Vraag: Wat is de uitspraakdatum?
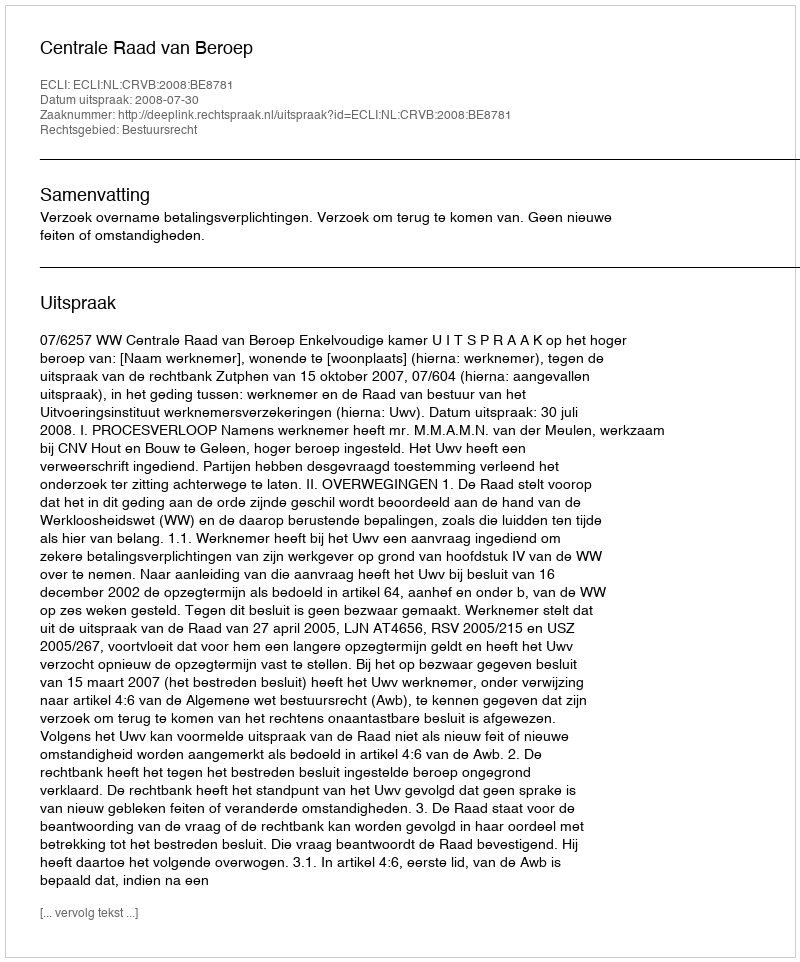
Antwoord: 2008-07-30